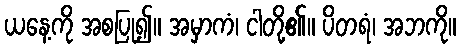
ယနေ့ကို အစပြု၍။ အမှာကံ၊ ငါတို့၏။ ပိတရံ၊ အဘကို။